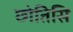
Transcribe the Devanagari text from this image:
छोतिसि